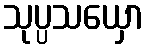
သုပ္ပသယှော